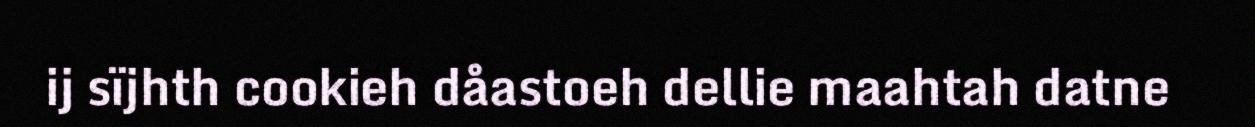
ij sïjhth cookieh dåastoeh dellie maahtah datne